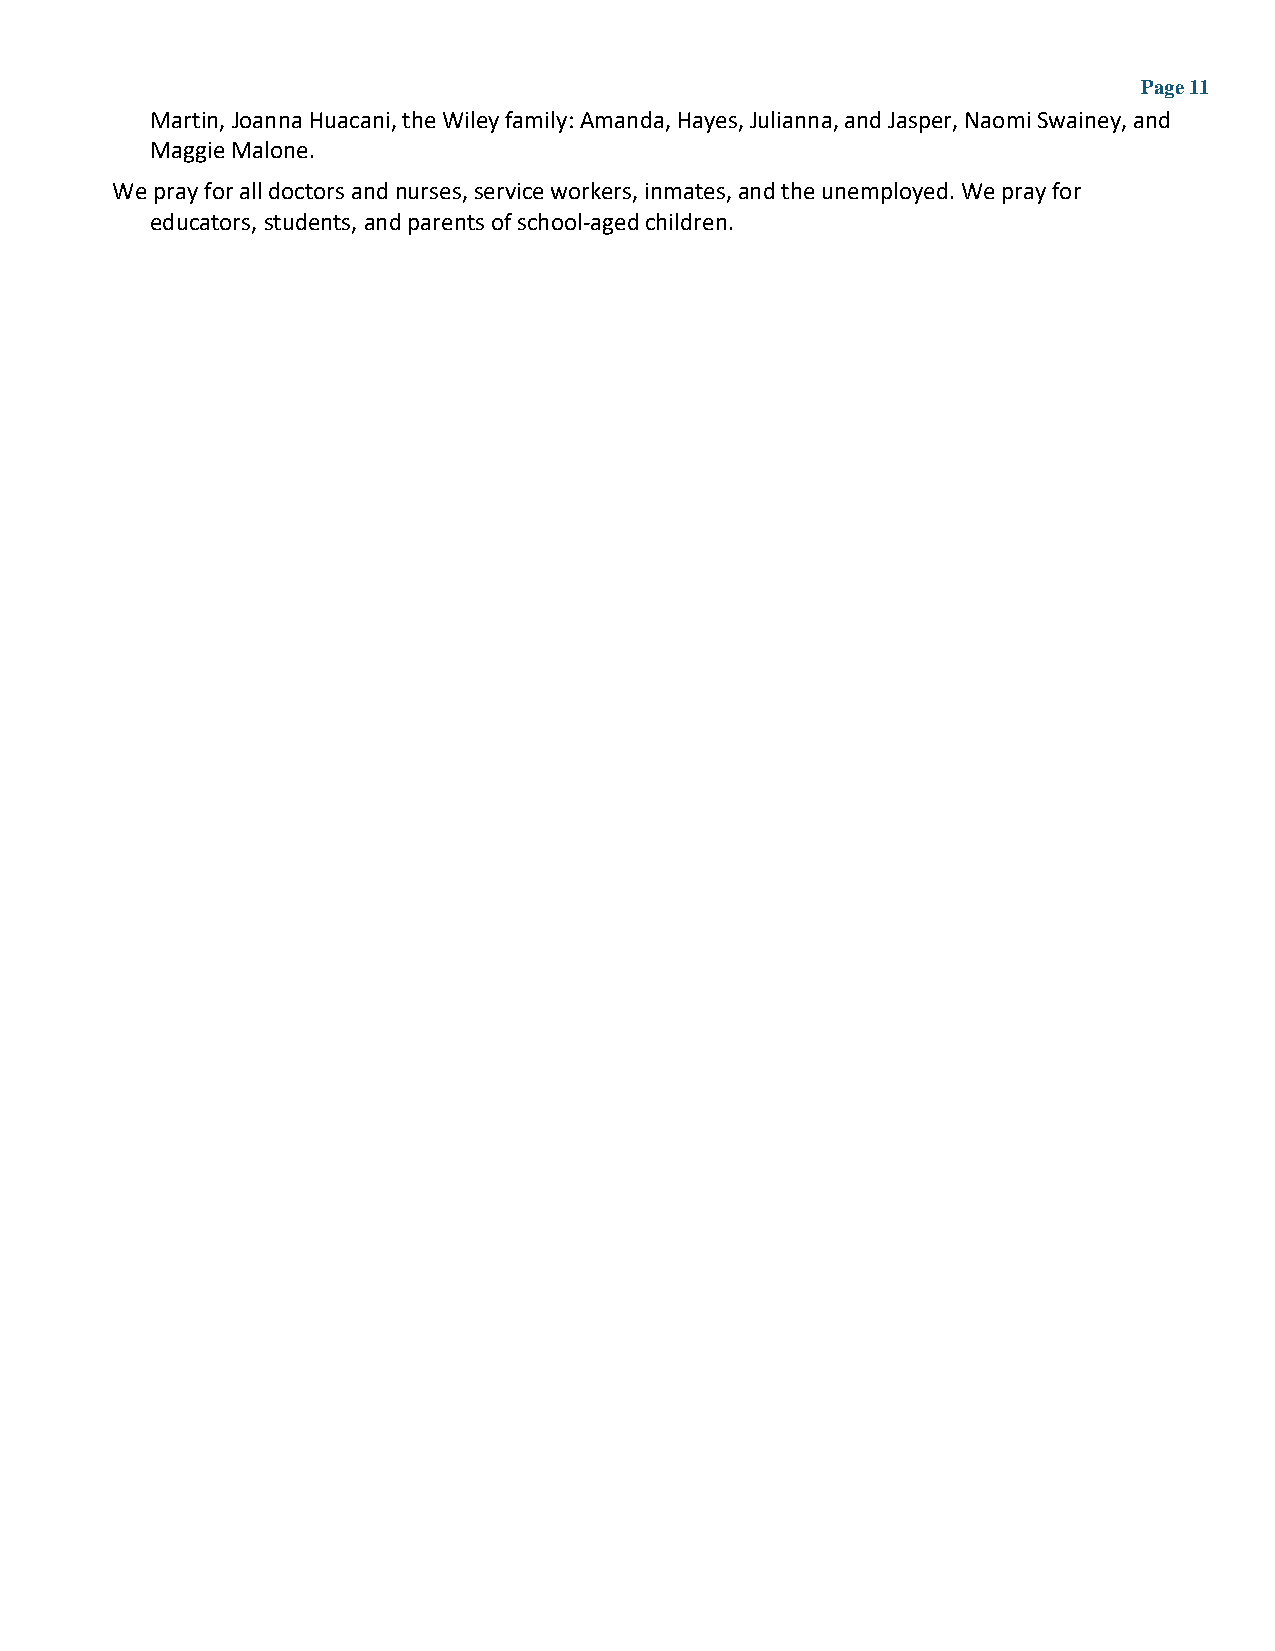
Page 11
 Martin, Joanna Huacani, the Wiley family: Amanda, Hayes, Julianna, and Jasper, Naomi Swainey, and
 Maggie Malone.
 We pray for all doctors and nurses, service workers, inmates, and the unemployed. We pray for
 educators, students, and parents of school-aged children.